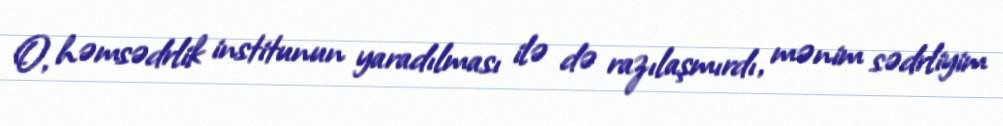
O, həmsədrlik institunun yaradılması ilə də razılaşmırdı, mənim sədrliyim